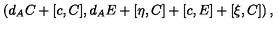
\left( d _ { A } C + [ c , C ] , d _ { A } E + [ \eta , C ] + [ c , E ] + [ \xi , C ] \right) ,